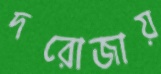
দরোজায়